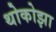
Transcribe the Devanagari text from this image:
थोकोझा